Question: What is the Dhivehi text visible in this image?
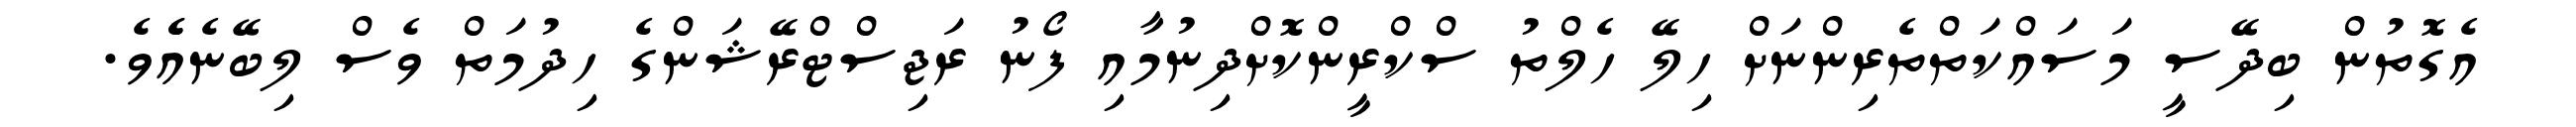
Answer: އެގޮތުން ބިދޭސީ މަސައްކަތްތެރިންނަށް ހިލޭ ހެލްތު ސްކްރީންކޮށްދިނުމާއި ފޯނު ރަޖިސްޓްރޭޝަންގެ ހިދުމަތް ވެސް ލިބޭނެއެެވެ.